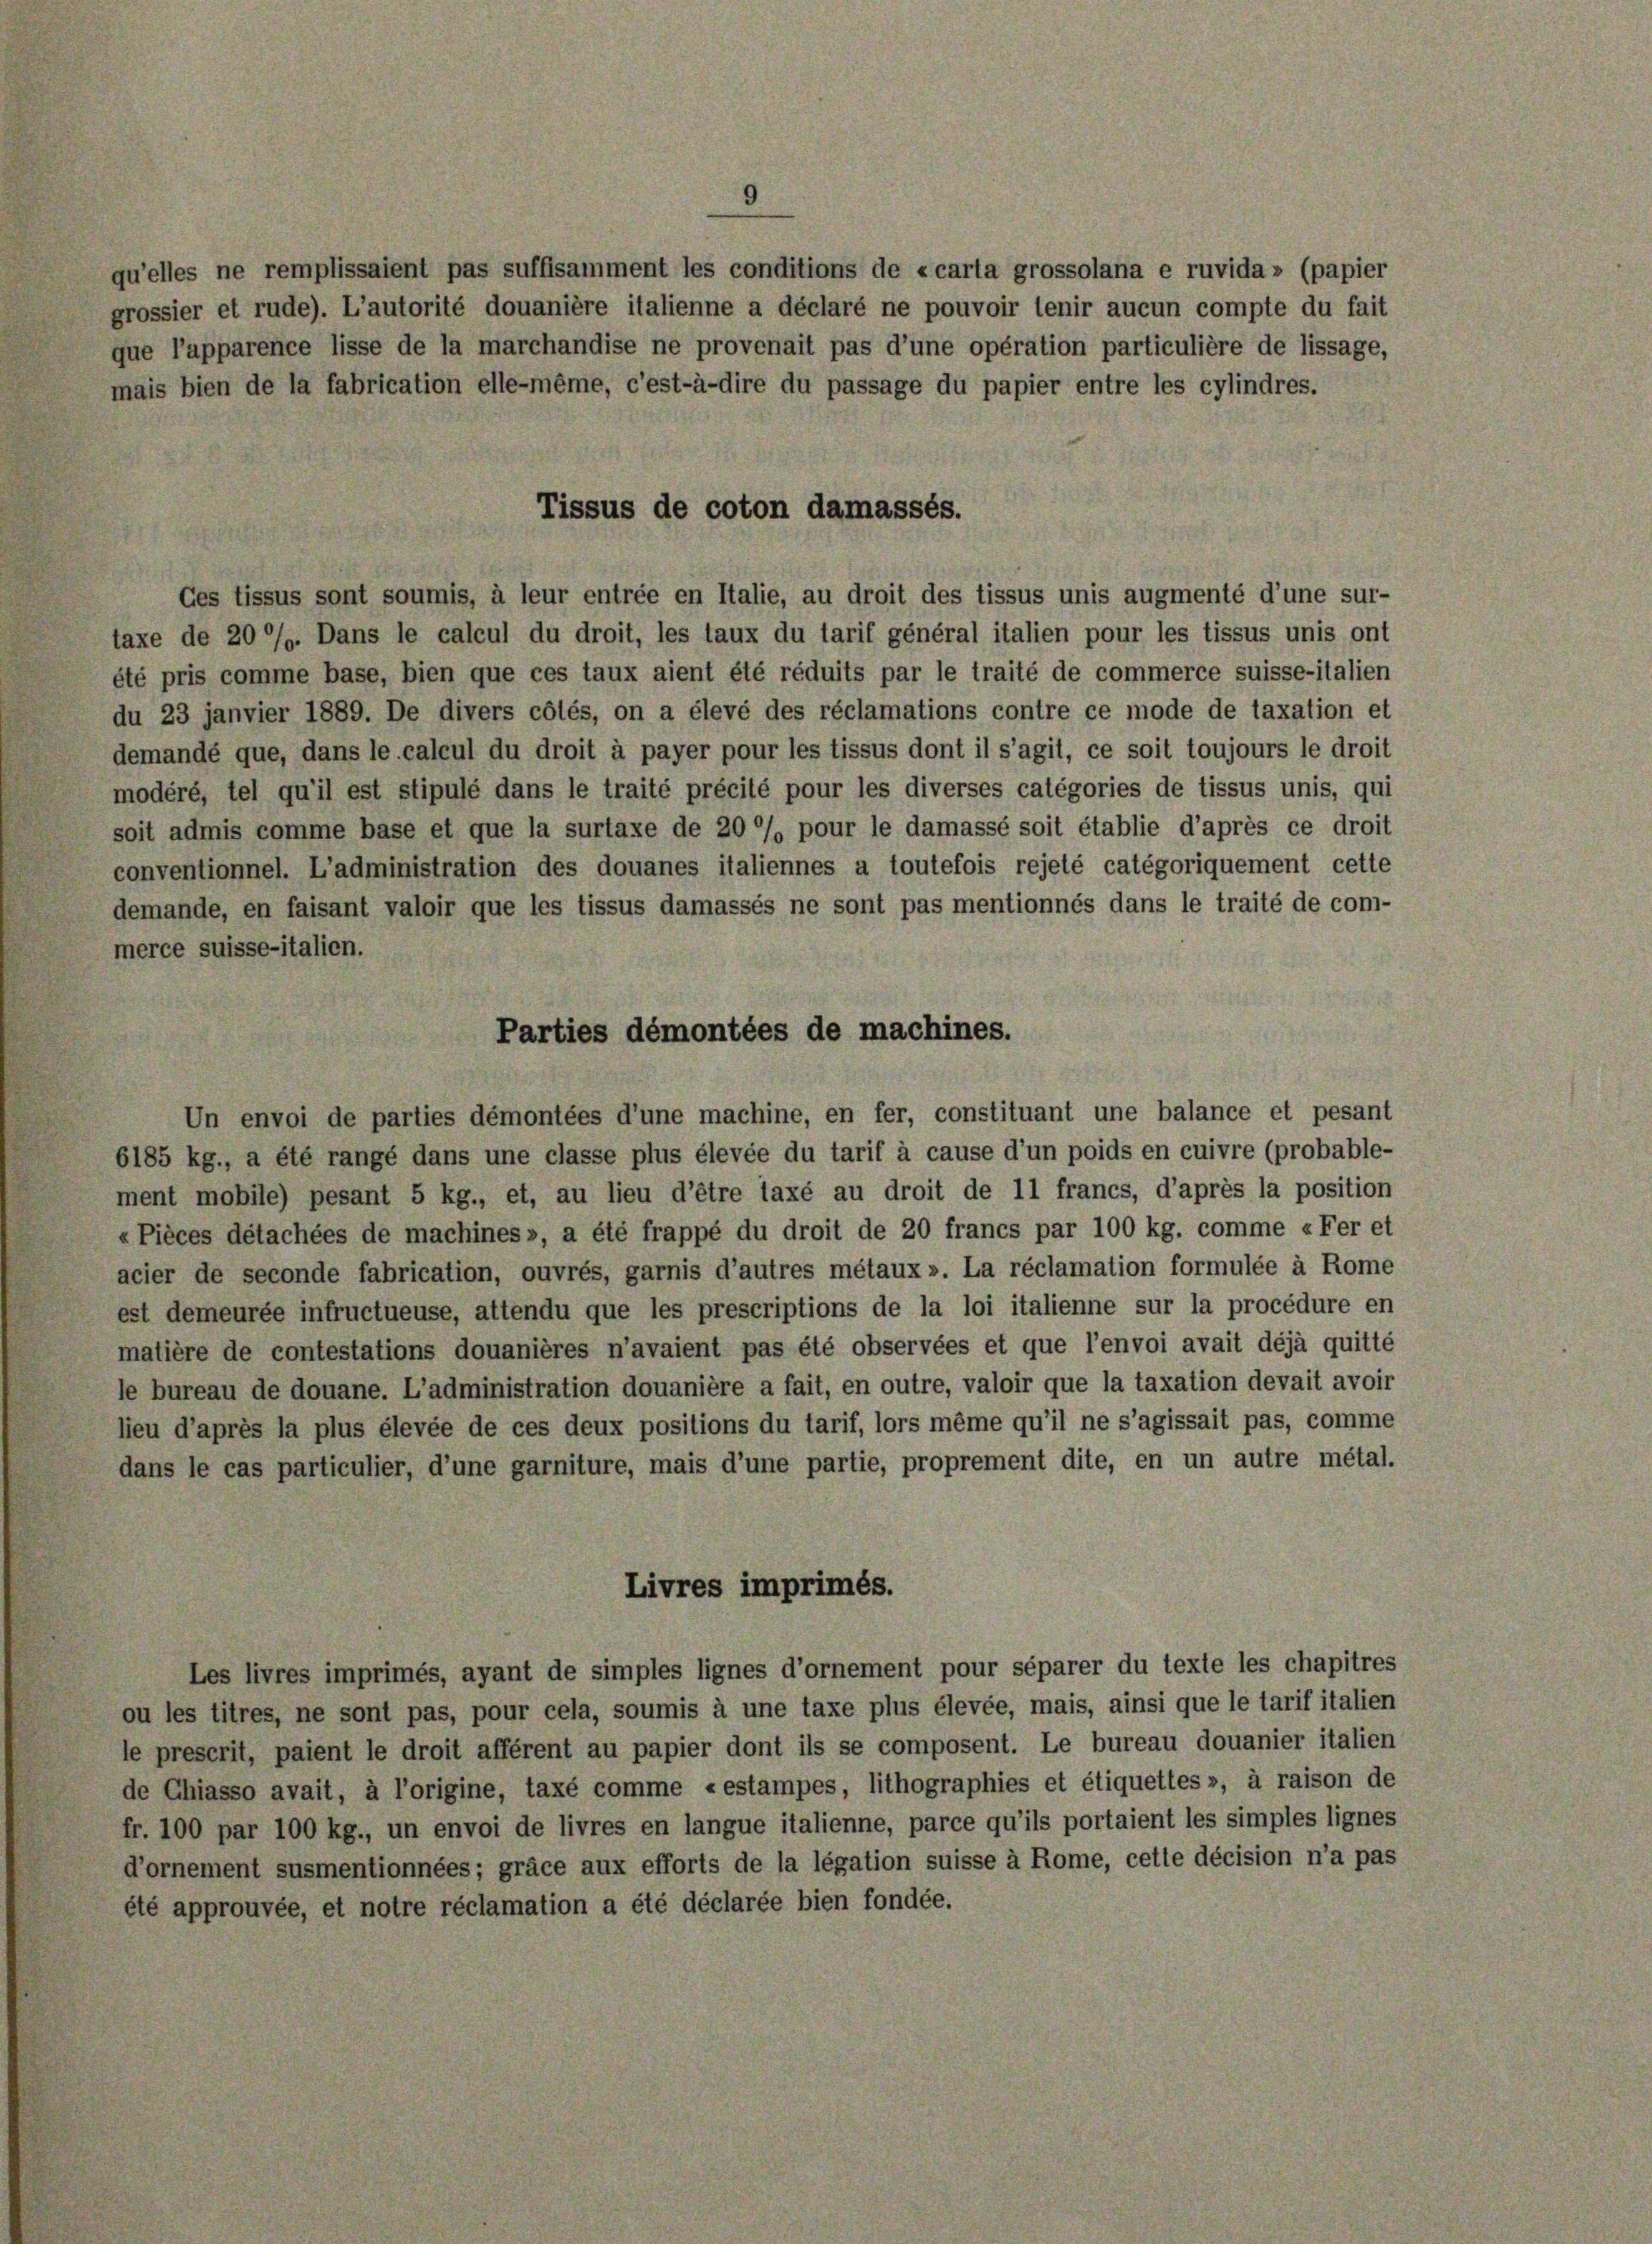
Tissus de coton damassés.

qu’elles ne remplissaient pas suffisamment les conditions de «carta grossolana e ruvida» (papier
grossier et rude). L’autorité douanière italienne a déclaré ne pouvoir tenir aucun compte du fait
que l’apparence lisse de la marchandise ne provenait pas d’une opération particulière de lissage,
mais bien de la fabrication elle-même, c’est-à-dire du passage du papier entre les cylindres.
Ces tissus sont soumis, à leur entrée en Italie, au droit des tissus unis augmenté d’une sur-
taxe de 20 %%. Dans le calcul du droit, les laux du tarif général italien pour les tissus unis ont
été pris comme base, bien que ces taux aient été réduits par le traité de commerce suisse-italien
du 23 janvier 1889. De divers colés, on a élevé des réclamations contre ce mode de taxation et
demandé que, dans le calcul du droit à payer pour les tissus dont il s’agit, ce soit toujours le droit
modéré, tel qu’il est stipulé dans le traité précité pour les diverses categories de tissus unis, qui
soit admis comme base et que la surtaxe de 20% pour le damassé soit établie d’après ce droit
conventionnel. L’administration des douanes italiennes a toutefois rejeté catégoriquement cette
demande, en faisant valoir que les tissus damassés ne sont pas mentionnés dans le traité de com-
merce suisse-italien.
Un envoi de parties démontées d’une machine, en fer, constituant une balance et pesant
6185 kg., a été rangé dans une classe plus élevée du tarif à cause d’un poids en cuivre (probable-
ment mobile) pesant 5 kg., et, au lieu d’être laxé au droit de 11 francs, d’après la position
«Pièces détachées de machines », a été frappé du droit de 20 francs par 100 kg. comme «Fer et
acier de seconde fabrication, ouvrés, garnis d’autres métaux ». La réclamation formulée à Rome
est demeurée infructueuse, altendu que les prescriptions de la loi italienne sur la procédure en
matière de contestations douanières n’avaient pas été observées et que l’envoi avait déjà quitte
le bureau de douane. L’administration douanière a fait, en outre, valoir que la taxation devait avoir
lieu d’après la plus élevée de ces deux positions du tarif, lors même qu’il ne s’agissait pas, comme
dans le cas particulier, d’une garniture, mais d’une partie, proprement dite, en un autre métal.
Livres imprimés.
Les livres imprimés, ayant de simples lignes d’ornement pour séparer du texte les chapitres
ou les titres, ne sont pas, pour cela, soumis à une taxe plus élevée, mais, ainsi que le tarif italien
le prescrit, paient le droit afférent au papier dont ils se composent. Le bureau douanier italien
de Chiasso avait, à l’origine, taxé comme «estampes, lithographies et étiquettes », à raison de
fr. 100 par 100 kg., un envoi de livres en langue italienne, parce qu’ils portaient les simples lignes
d’ornement susmentionnées; gräce aux efforts de la légation suisse à Rome, cette décision n’a pas
été approuvée, et notre réclamation a été déclarée bien fondée.

Parties démontées de machines.